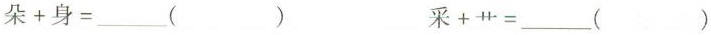
$$朵+身=___( )$$ $$采+艹=___( )$$